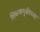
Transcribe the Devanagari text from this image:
शिकवणुकीच्‍या